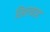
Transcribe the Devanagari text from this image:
सिलवाइट